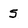
Character: 5